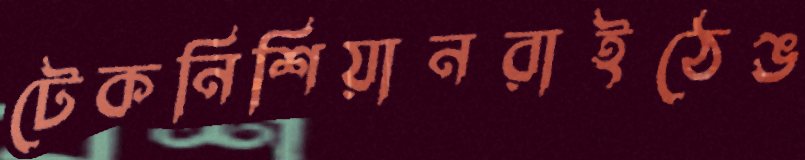
টেকনিশিয়ানরাইঠেঙ